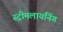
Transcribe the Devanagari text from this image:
स्ट्रीमलायनिंग